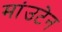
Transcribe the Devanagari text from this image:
मांउटेन